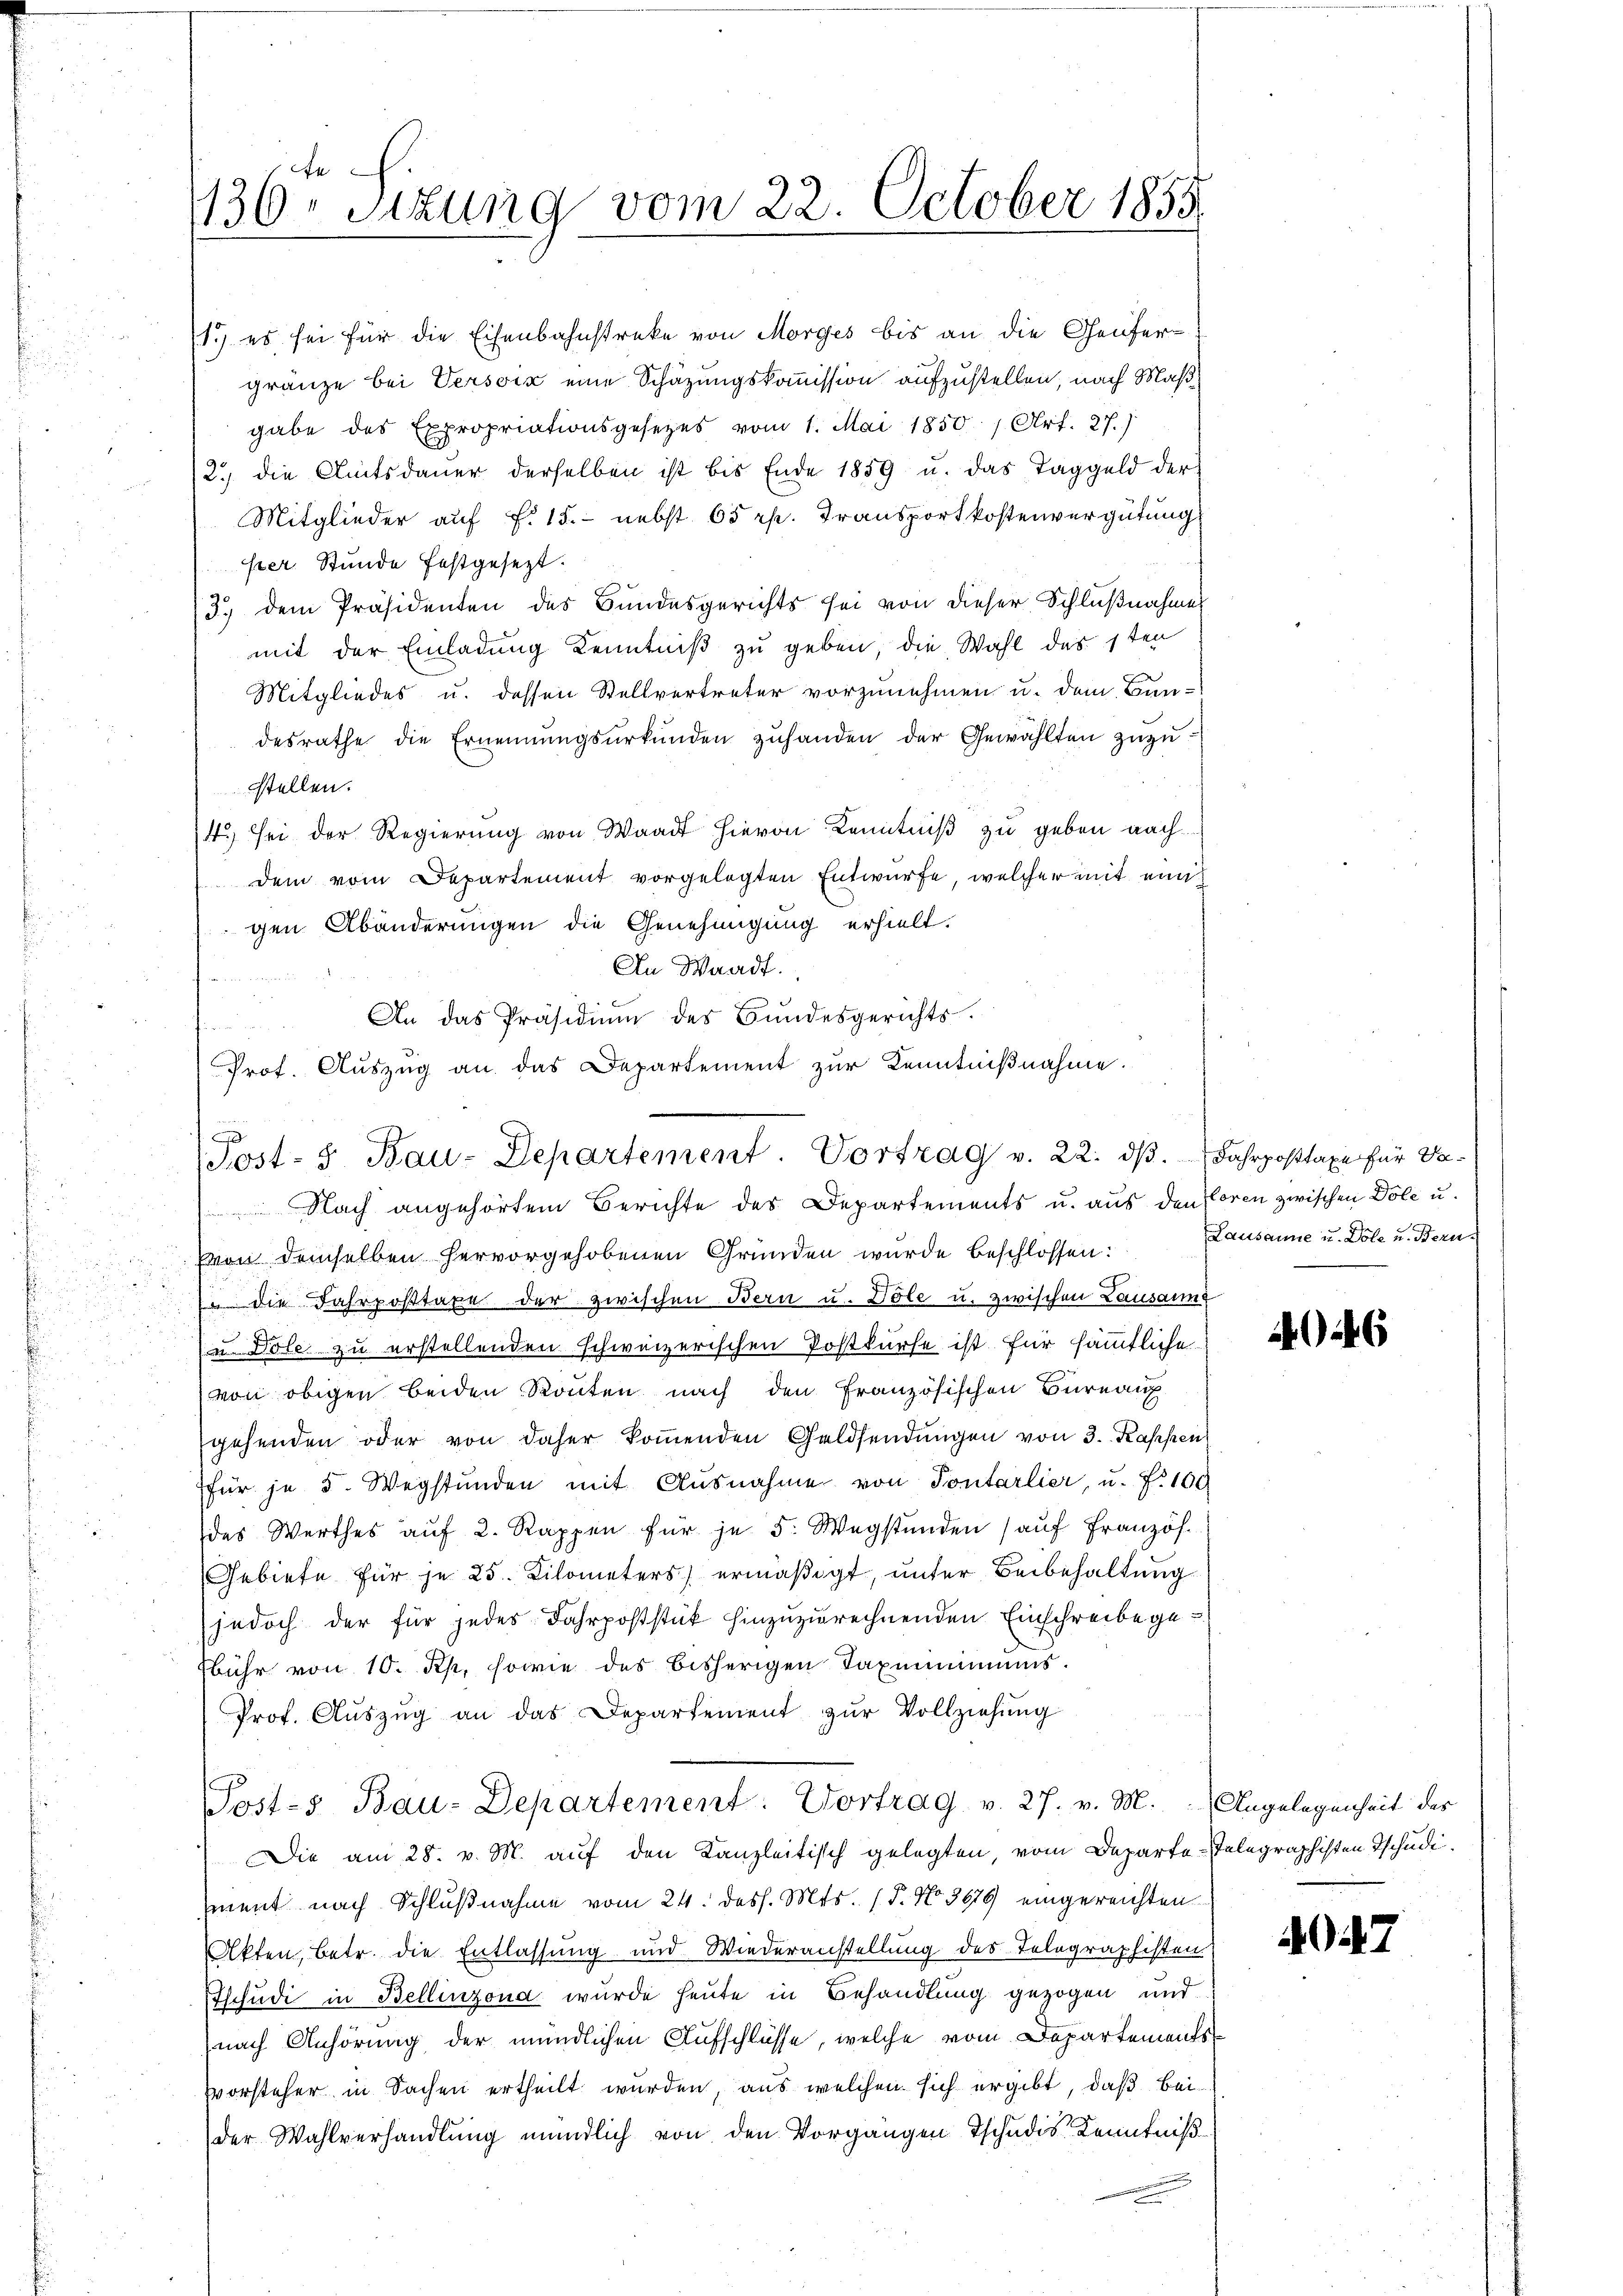
.

136 Sizung vom 22. October 1855.

4. sei der Regierung von Waadt hievon Kenntniß zu geben nach
dem vom Departement vorgelegten Entwürfe, welcher mit einig
gen Abänderungen die Genehmigung erhielt.
An Waadt.
4
An das Präsidiŭm des Bundesgerichts.

Prof. Auszug an das Departement zur Kenntnißnahme.

1.) es sei für die Eisenbahnstreke von Morges bis an die Genfergränze bei Versoix eine Schazungskommission aufzustellen, nach Maßgabe des Expropriationsgesetzes vom 1. Mai 1850, Art. 27.)
2.) die Amtsdauer derselben ist bis Ende 1859 u. das Taggeld der
Mitglieder auf §. 15. nebst 65 rp. Transportkostenvergütung
per Stunde festgesezt.
3.) dem Präsidenten des Bundesgerichts sei von dieser Schlußnahme
mit der Einladung Kenntniß zu geben die Wahl des 1ten
Mitgliedes u. dessen Stellvertreter vorzunehmen u. dem Bun-
desrathe die Ernennungsurkunden zŭhanden der Gewählten zuzustellen.

Jost- 5. Bau-Departement. Vortrag v. 22. dβ. Jahrposttaxe für Va-
 Nach angehörtem Berichte des Departements u. aus den Voren zwischen Dole u.

Von demselben hervorgehobenen Gründen wurde beschlossen: Lausanne u. Dole u. Beru¬
u die Fahrposttaxe der zwischen Bern u. Dole u. zwischen Lausanne
152
e
u Dole zu erstellenden schweizerischen Postkurse ist für sämmtliche
von obigen beiden könten nach den Französischen Bureauf
gehenden oder von daher koṁenden Geldsendŭngen von 3. Kassen
für je 5. Wegstunden mit Ausnahme von Pontarlier, u. f. 100
des Werthes aŭf 2. Rappen für je 5. Wegstunden aŭf Französ.
Gebiete für je 25 Kilometers ermäßigt, unter Beibehaltung
jedoch der für jedes Fahrpoststück hinzuzurechnenden Einschreibe gebühr von 10. Rp, sowie des bisherigen Taximums.
Prof. Aŭszŭg an das Departement zŭr Vollziehung
Posts Bau-Departement: Vortrag v. 27. v. M. Angelegenheit des
Die am 28. v. M. auf den Kanzleitisch gelegten, vom Departe-Telegraphisten Tschudiment nach Schlußnahme vom 24. dess. Mts. (T. No 3979 eingereichten
Akten, betr. die Entlassung und Wiederanstellung des Telegraphisten
Tschudi in Bellinzona wurde heute in Behandlung gezogen und
nach Anhörung der mündlichen Aufschlüsse, welche vom Departements
vorsteher in Sachen ertheilt wurden, aus welchen sich ergibt, daß bei-
der Wahlverhandlung mündlich von den Vorgängen Tschudis Kenntniß

6